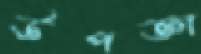
উপজ্ঞা